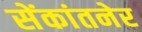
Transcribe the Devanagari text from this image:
सेंकांतनेर